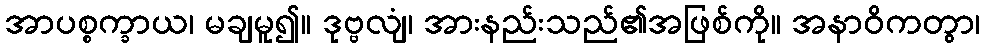
အာပစ္စက္ခာယ၊ မချမူ၍။ ဒုဗ္ဗလျံ၊ အားနည်းသည်၏အဖြစ်ကို။ အနာဝိကတွာ၊